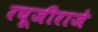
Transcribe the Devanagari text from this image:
रघूजीराजे